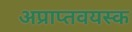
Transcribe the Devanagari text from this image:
अप्राप्तवयस्क